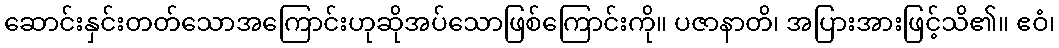
ဆောင်းနှင်းတတ်သောအကြောင်းဟုဆိုအပ်သောဖြစ်ကြောင်းကို။ ပဇာနာတိ၊ အပြားအားဖြင့်သိ၏။ ဧဝံ၊